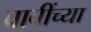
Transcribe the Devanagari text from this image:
बाबींच्‍या